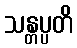
သန္တပ္ပတိ